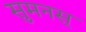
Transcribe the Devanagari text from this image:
सुमनस्